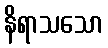
နိရာသသော